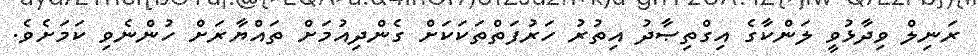
ރަނިލް ވިދާޅުވީ ލަންކާގެ އިގްތިޞާދު އިތުރު ހަރުފަތްތަކަކަށް ގެންދިއުމަށް ތައްޔާރަށް ހުންނެވި ކަމަށެވެ.